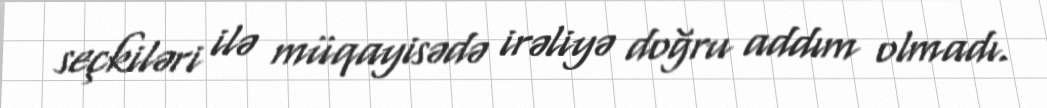
seçkiləri ilə müqayisədə irəliyə doğru addım olmadı.